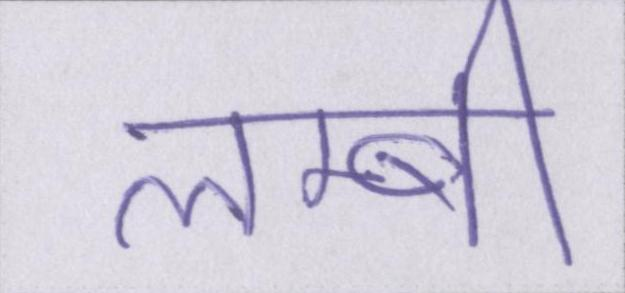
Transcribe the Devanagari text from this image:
लम्बी